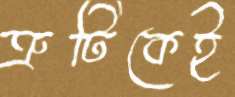
ত্রুটিকেই